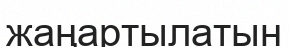
жаңартылатын